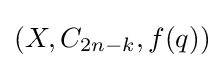
(X,C_{2n-k},f(q))